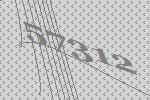
57312